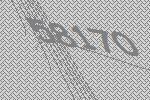
58170